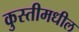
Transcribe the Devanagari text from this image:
कुस्तीमधील